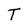
Character: T